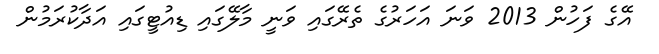
އޭގެ ފަހުން 2013 ވަނަ އަހަރުގެ ތެރޭގައި ވަނީ މާލޭގައި ޑިއުޓީގައި އަދާކުރަމުން